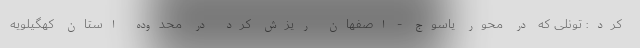
کرد: تونلی که در محور یاسوج - اصفهان ریزش کرد در محدوده استان کهگیلویه